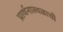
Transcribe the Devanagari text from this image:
प्रार्थनास्थळाची